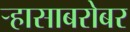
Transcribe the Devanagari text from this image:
ऱ्हासाबरोबर